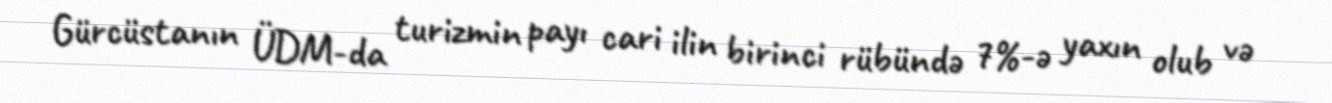
Gürcüstanın ÜDM-da turizmin payı cari ilin birinci rübündə 7%-ə yaxın olub və